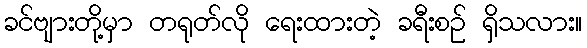
ခင်ဗျားတို့မှာ တရုတ်လို ရေးထားတဲ့ ခရီးစဉ် ရှိသလား။